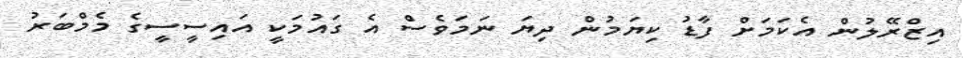
އިޒްރޭލުން އެކަމަށް ފާޑު ކިޔަމުން ދިޔަ ނަމަވެސް އެ ގައުމަކީ އައިސީސީގެ މެމްބަރު